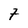
Character: 7